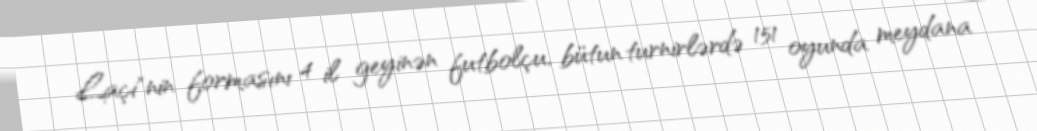
Laçi"nin formasını 4 il geyinən futbolçu, bütun turnirlərdə 151 oyunda meydana